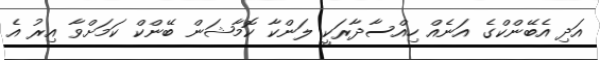
އަދި އެބޭންކްގެ އަނެއް ހިއްސާދާރަކީ ލަންކާ ކޮމާޝަން ބޭންކް ކަމަށްވާ އިރު އެ